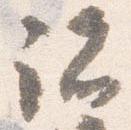
諸